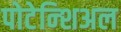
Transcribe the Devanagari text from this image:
पोटेन्शिअल